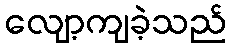
လျော့ကျခဲ့သည်